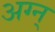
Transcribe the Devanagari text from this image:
अग्न्